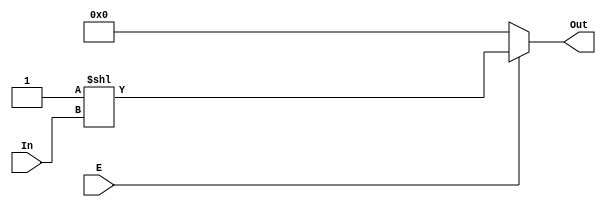
module decoder_2_4(E , In , Out);
input E;                            //E1bit
input [1:0] In;                     //In2bit
output [3:0]Out;                    //Out4bit
wire [3:0] Out;                     //  
assign Out = E ? 1'b1 << In : 4'h0; //E=1,Out = 0001 In
endmodule                           //E=0, Out0